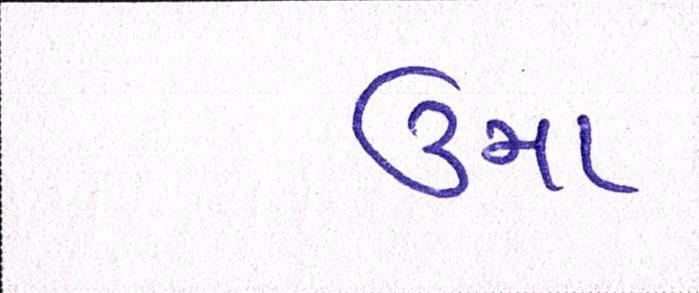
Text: ઉમા